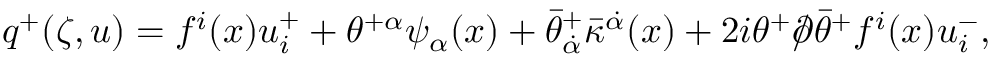
q ^ { + } ( \zeta , u ) = f ^ { i } ( x ) u _ { i } ^ { + } + \theta ^ { + \alpha } \psi _ { \alpha } ( x ) + \bar { \theta } _ { \dot { \alpha } } ^ { + } \bar { \kappa } ^ { \dot { \alpha } } ( x ) + 2 i \theta ^ { + } / \! \! \! \partial \bar { \theta } ^ { + } f ^ { i } ( x ) u _ { i } ^ { - } ,